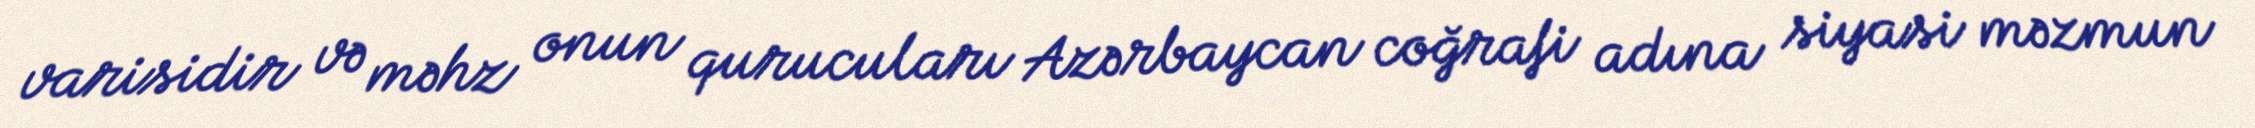
varisidir və məhz onun qurucuları Azərbaycan coğrafi adına siyasi məzmun